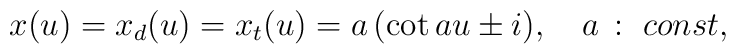
x(u)=x_d(u)=x_t(u)=a\,(\cot a u\pm i),\quad a\,:\ const,